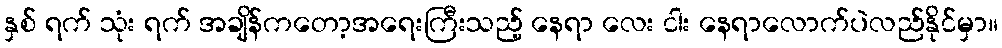
နှစ် ရက် သုံး ရက် အချိန်ကတော့အရေးကြီးသည့် နေရာ လေး ငါး နေရာလောက်ပဲလည်နိုင်မှာ။